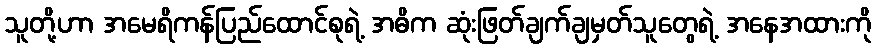
သူတို့ဟာ အမေရိကန်ပြည်ထောင်စုရဲ့ အဓိက ဆုံးဖြတ်ချက်ချမှတ်သူတွေရဲ့ အနေအထားကို